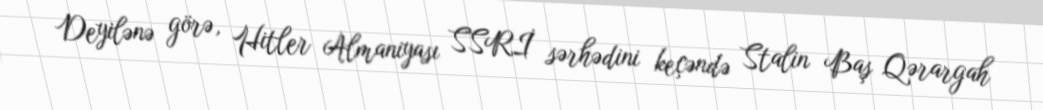
Deyilənə görə, Hitler Almaniyası SSRİ sərhədini keçəndə Stalin Baş Qərargah